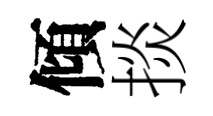
傾掞